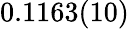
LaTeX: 0.1163(10)